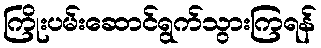
ကြိုးပမ်းဆောင်ရွက်သွားကြရန်